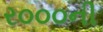
ર૦૦૦ની